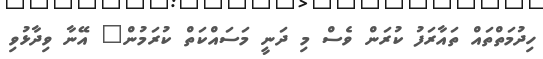
ހިދުމަތްތައް ތައާރަފު ކުރަން ވެސް މި ދަނީ މަސައްކަތް ކުރަމުން" އޭނާ ވިދާޅުވި